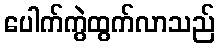
ပေါက်ကွဲထွက်လာသည်